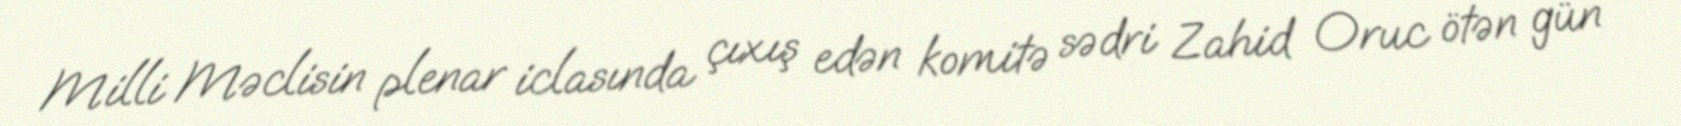
Milli Məclisin plenar iclasında çıxış edən komitə sədri Zahid Oruc ötən gün